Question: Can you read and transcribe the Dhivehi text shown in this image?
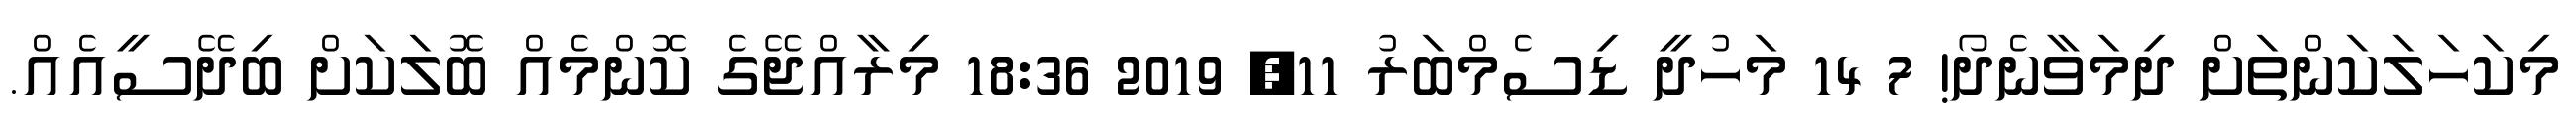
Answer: މިކަހަލަކަންތަށް ދިމަވާނެދޯ! 7 14 މަހުދީ ޑިސެމްބަރު 11, 2019 18:36 މިރާއްޖޭގެ ކޮންމެއް ބޮލަކަށް ބިދޭސީއެއް.